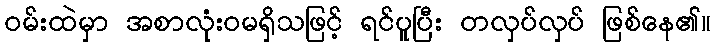
ဝမ်းထဲမှာ အစာလုံးဝမရှိသဖြင့် ရင်ပူပြီး တလှပ်လှပ် ဖြစ်နေ၏။